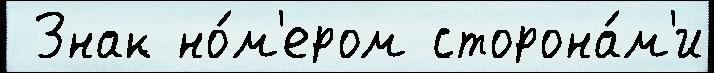
 Знак но́м'ером сторона́м'и